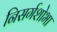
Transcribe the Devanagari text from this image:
निसर्गशोभा